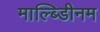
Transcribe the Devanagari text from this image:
माल्ब्डिीनम